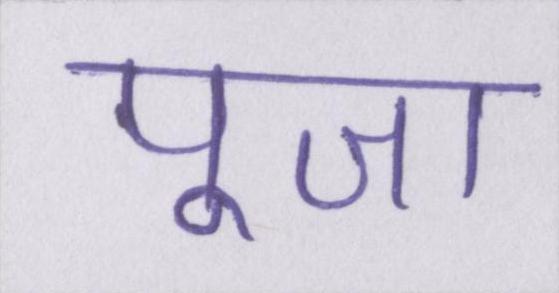
पूजा